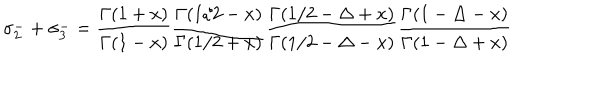
\sigma _ { 2 } ^ { - } + \sigma _ { 3 } ^ { - } = { \frac { \Gamma ( 1 + x ) } { \Gamma ( 1 - x ) } } { \frac { \Gamma ( 1 / 2 - x ) } { \Gamma ( 1 / 2 + x ) } } { \frac { \Gamma ( 1 / 2 - \Delta + x ) } { \Gamma ( 1 / 2 - \Delta - x ) } } { \frac { \Gamma ( 1 - \Delta - x ) } { \Gamma ( 1 - \Delta + x ) } }